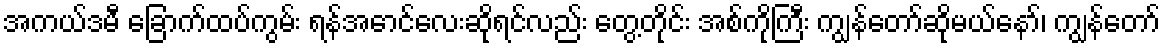
အကယ်ဒမီ ခြောက်ထပ်ကွမ်း ရန်အောင်လေးဆိုရင်လည်း တွေ့တိုင်း အစ်ကိုကြီး ကျွန်တော်ဆိုမယ်နော်၊ ကျွန်တော်